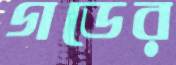
গডের